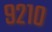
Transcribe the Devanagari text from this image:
९२१०